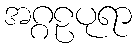
အဂ္ဂဠပုရာ